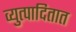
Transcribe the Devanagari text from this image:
व्युत्पादितात